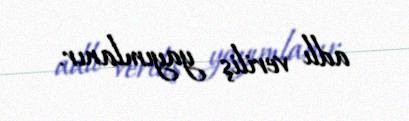
adlı veriliş yayımlanır.